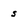
Character: 5